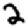
Digit: 2